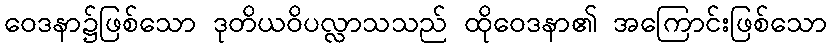
ဝေဒနာ၌ဖြစ်သော ဒုတိယဝိပလ္လာသသည် ထိုဝေဒနာ၏ အကြောင်းဖြစ်သော